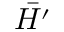
\bar { H ^ { \prime } }